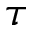
\tau